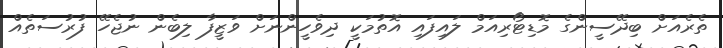
ތެރެއަށް ބިދޭސީންގެ މޮޑިޓޯރިއަމް ލައިފައި އޮތުމަކީ ދިވެހީންނަށް ވަޒީފާ ލިބެން ނުޖެހޭ ފުރުސަތެއް